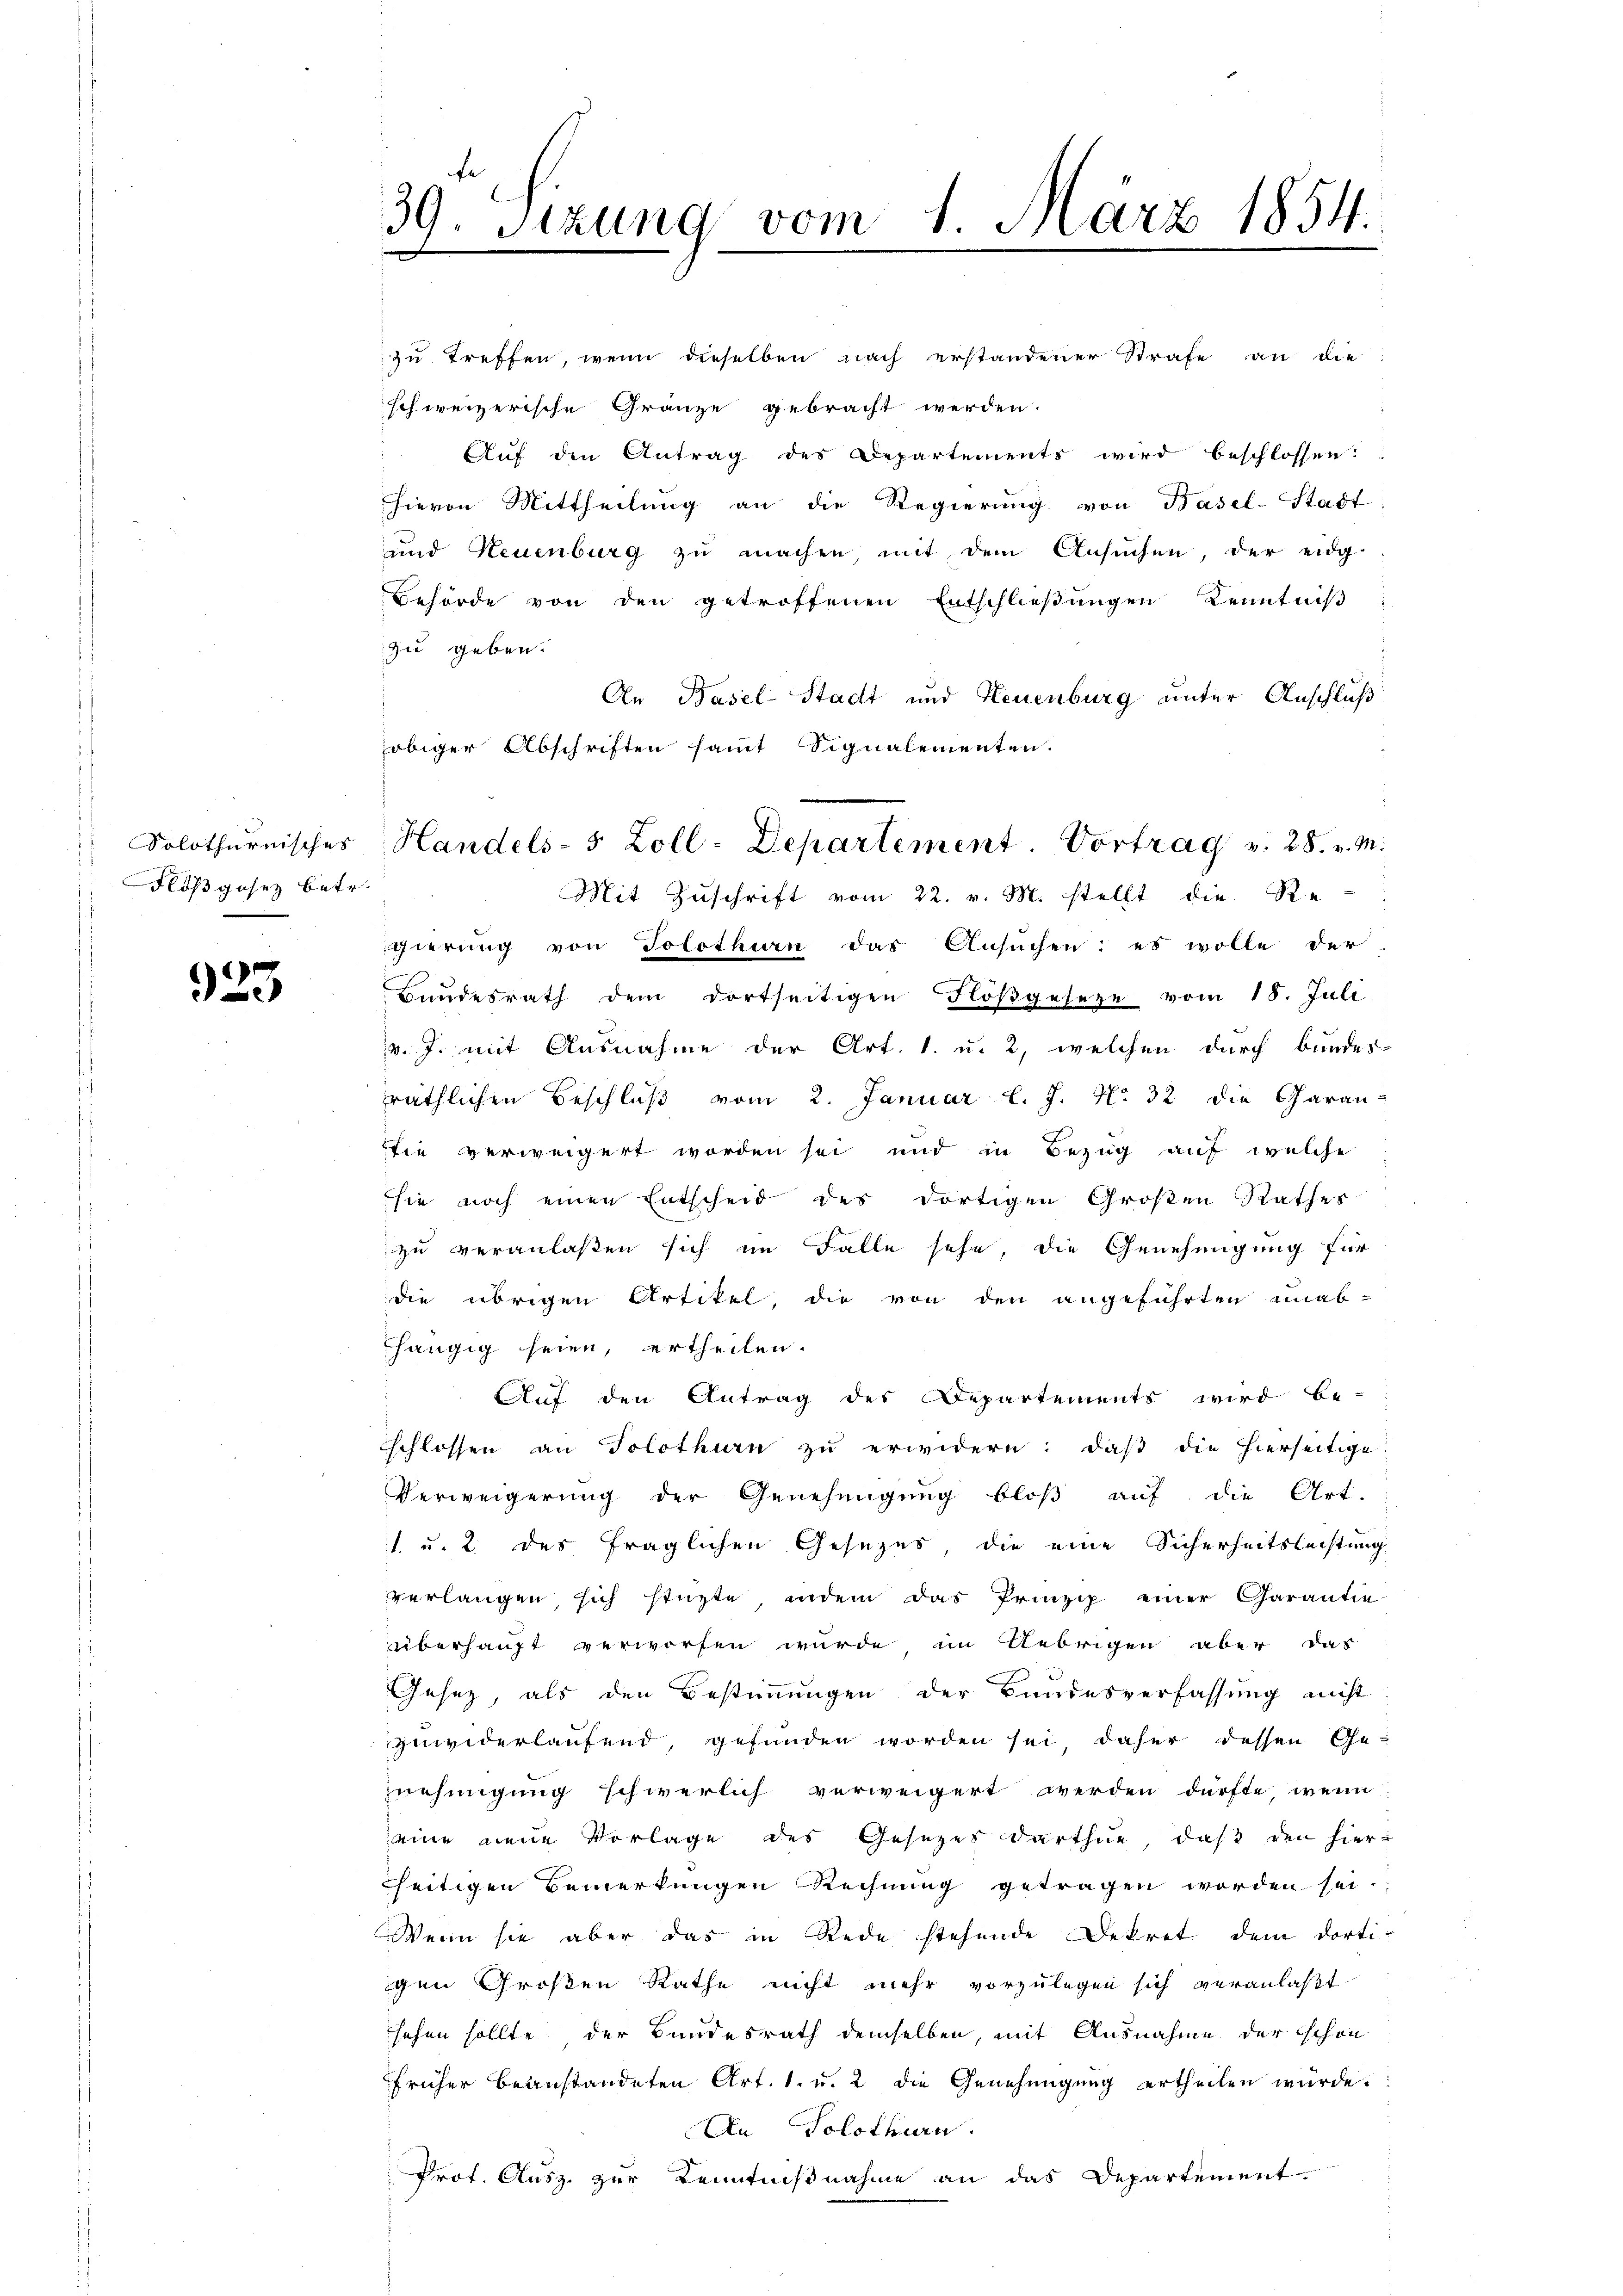
Solothurnisches
Floßgesez betr.

923

39. Sizung vom 1. März 1854.

zu treffen, wenn dieselben nach erstandener Strafe an die
schweizerische Gränze gebracht werden.
Auf den Antrag des Departements wird beschlossen:
hievon Mittheilung an die Regierung von Basel-Stadt
und Neuenburg zu machen, mit dem Ansuchen der eidg
Behörde von den getroffenen Entschließungen Kenntniß
zu geben.
An Basel-Stadt und Neuenburg unter Anschluß
obiger Abschriften sammt Signalementen.
i
gierung von Solothurn das Ansuchen: es wolle der
Bundesrath dem dortseitigen Floßgeseze vom 18. Juli
v. J. mit Ausnahme der Art. 1. u. 2, welchen durch bundes-
räthlichen Beschluß vom 2. Januar l. J. N. 32 die Garan-
sie verweigert worden sei und in Bezug auf welche
sie noch einen Entscheid des dortigen Großen Rathes
zu veranlaßen sich im Falle sehe, die Genehmigung für
die übrigen Artikel, die von den angeführten unab-
hängig seien, ertheilen.
Auf den Antrag des Departements wird be-
schlossen an Solothurn zu erwidern: daß die hierseitige
Verweigerung der Genehmigung bloß auf die Art.
1. u. 2 des fraglichen Gesezes die eine Sicherheitsleistung
verlangen, sich stüzte, indem das Prinzip einer Garantie
überhaupt verworfen wurde, im Uebrigen aber das
Gesetz, als den Bestimmungen der Bundesverfassung nicht
zuwiderlaufend, gefunden worden sei daher dessen Genehmigung schwerlich verweigert werden dürfte, wenn
eine neue Vorlage des Gesetzes darthue, daß den hierseitigen Bemerkungen Rechnung getragen worden sei.
Wenn sie aber das in Rede stehende Dekret dem dorti-
gen Großen Rathe nicht mehr vorzulegen sich veranlaßt
sehen sollte der Bundesrath demselben, mit Ausnahme der schon
früher beanstandeten Art. 1. u. 2 die Genehmigung ertheilen würde.
An Solothurn.
Prot. Ausz. zur Kenntnißnahme an das Departement-

Handels- 5 Zoll-Departement Vortrag v. 28. v. M.
Mit Zŭschrift vom 22. v. M. stellt die Re